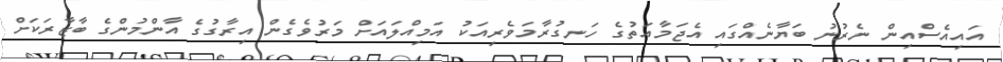
އައިއެސްއިން ނެރުނު ބަޔާނެއްގައި އެޖަމާއަތުގެ ހަނގުރާމަވެރިއަކު އަމިއްލައަށް މަރުވެގެން އިރާގުގެ އާންމުންގެ ބާޒާރަކަށް